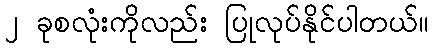
၂ ခုစလုံးကိုလည်း ပြုလုပ်နိုင်ပါတယ်။